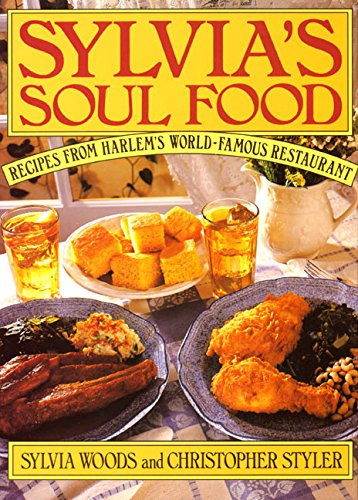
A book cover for Sylvia's Soul Food; Sylvia Woods; Cookbooks, Food & Wine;